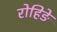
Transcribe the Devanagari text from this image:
रोहिङे